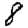
Digit: 8